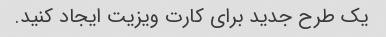
یک طرح جدید برای کارت ویزیت ایجاد کنید.